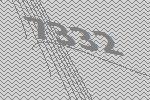
7332